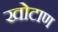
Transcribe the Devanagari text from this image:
खोटाण